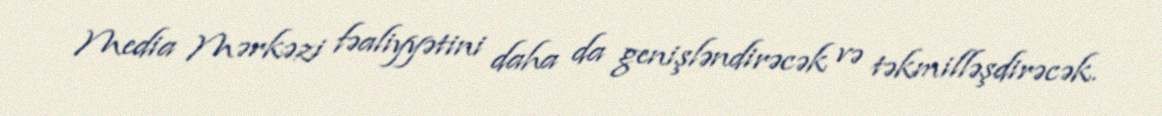
Media Mərkəzi fəaliyyətini daha da genişləndirəcək və təkmilləşdirəcək.